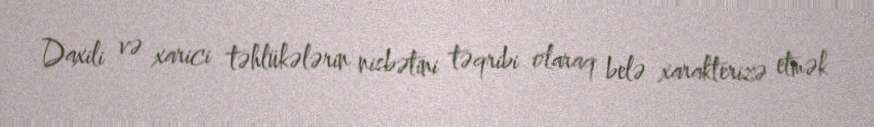
Daxili və xarici təhlükələrin nisbətini təqribi olaraq belə xarakterizə etmək